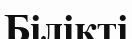
Білікті